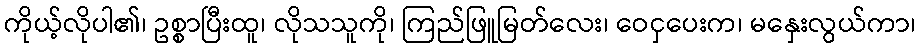
ကိုယ့်လိုပါ၏၊ ဥစ္စာပြီးထူ၊ လိုသသူကို၊ ကြည်ဖြူမြတ်လေး၊ ဝေငှပေးက၊ မနှေးလွယ်ကာ၊